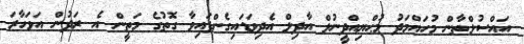
އައްސުލްޠާން މުހައްމަދު މުޙްޔިއްދީނުލް އާދިލް އެދިވަޑައިގެންފައިވާ ގޮތުގެ މަތީން އެ ރަދުން އަވަހާރަ